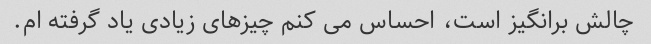
چالش برانگیز است، احساس می کنم چیزهای زیادی یاد گرفته ام.